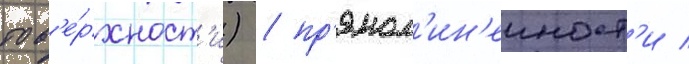
пов'е́рхност'и) / пр'ямол'ин'еиност'и /